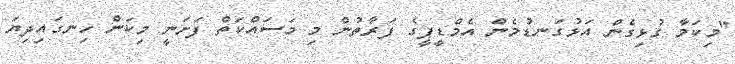
"މިކަމާ ގުޅިގެން އަޅުގަނޑުމެން އެމްޑީޕީގެ ފަރާތުން މި މަސައްކަތް ފަށަނީ މިކަން ހިނގައިދިޔަ